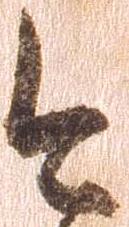
今